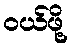
ဝယ်ဖို့